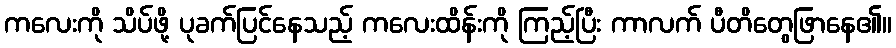
ကလေးကို သိပ်ဖို့ ပုခက်ပြင်နေသည့် ကလေးထိန်းကို ကြည့်ပြီး ကာလက် ပီတိတွေဖြာနေ၏။